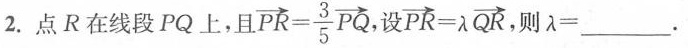
2.点R在线段PQ上，且 $$\overrightarrow{PR}= \frac{3}{5}PQ$$ 设 $$\overrightarrow{PR}= \lambda \overrightarrow{QR}$$ 则λ=___。